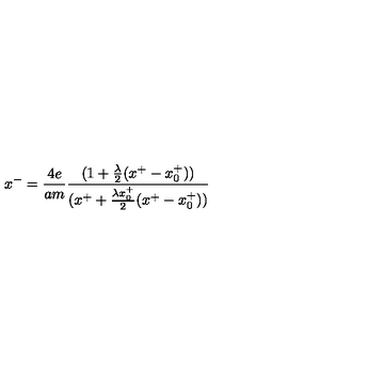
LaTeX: x ^ { - } = { \frac { 4 e } { a m } } { \frac { ( 1 + { \frac { \lambda } { 2 } } ( x ^ { + } - x _ { 0 } ^ { + } ) ) } { ( x ^ { + } + { \frac { \lambda x _ { 0 } ^ { + } } { 2 } } ( x ^ { + } - x _ { 0 } ^ { + } ) ) } }